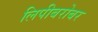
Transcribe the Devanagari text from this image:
लिपीबरोबर